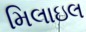
મિલાઇલ